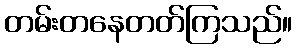
တမ်းတနေတတ်ကြသည်။